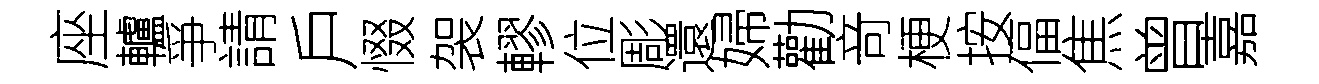
座轤爭請戶惙袈轇位彫還婦勸竒梗按偪焦曾嘉